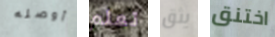
أوصله تعلم يثق اختنق